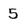
Character: 5